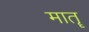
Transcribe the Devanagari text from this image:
मातॄ